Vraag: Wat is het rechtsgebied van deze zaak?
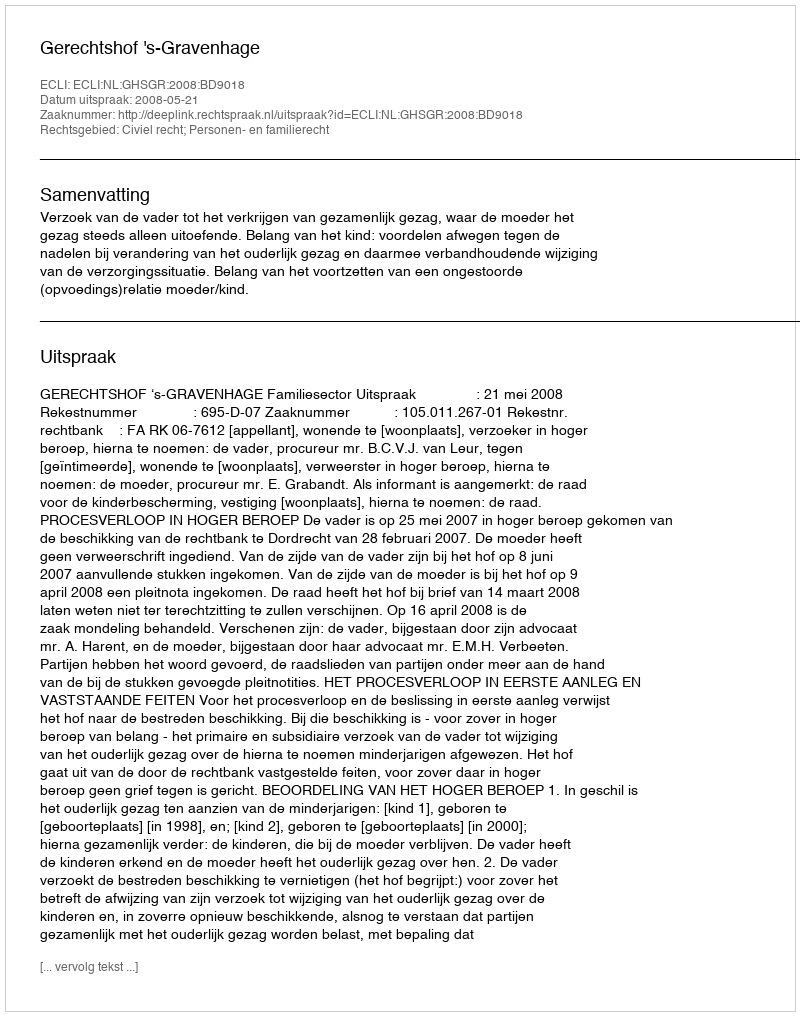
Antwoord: Civiel recht; Personen- en familierecht